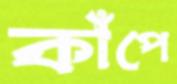
কাঁপে